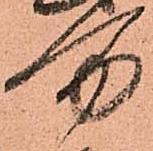
万